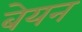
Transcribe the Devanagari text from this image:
बेयन